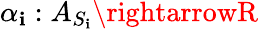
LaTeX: \alpha_{\mathbf{i}}:A_{S_{\mathbf{i}}}\rightarrowR